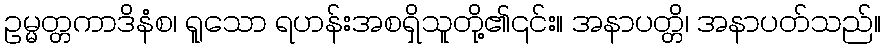
ဥမ္မတ္တကာဒိနံစ၊ ရူသော ရဟန်းအစရှိသူတို့၏၎င်း။ အနာပတ္တိ၊ အနာပတ်သည်။